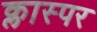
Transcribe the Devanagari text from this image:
क्लास्पर